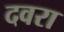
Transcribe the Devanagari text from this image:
दवरा